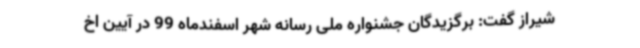
شیراز گفت: برگزیدگان جشنواره ملی رسانه شهر اسفندماه 99 در آیین اخ